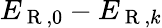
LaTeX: E_{\mathrm{~R~},0}-E_{\mathrm{~R~},k}